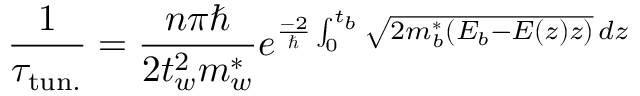
{ \frac { 1 } { \tau _ { \mathrm { t u n . } } } } = { \frac { n \pi \hbar } { 2 t _ { w } ^ { 2 } m _ { w } ^ { * } } } e ^ { { \frac { - 2 } { \hbar } } \int _ { 0 } ^ { t _ { b } } { \sqrt { 2 m _ { b } ^ { * } ( E _ { b } - E ( z ) z ) } } \, d z }